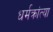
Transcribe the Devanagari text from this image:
धर्मक्रांत्या